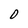
Character: 0